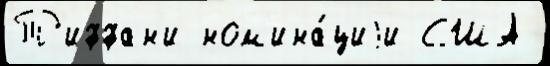
Т'иффан'и ном'ина́циjи США